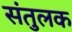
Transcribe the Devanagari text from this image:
संतुलक